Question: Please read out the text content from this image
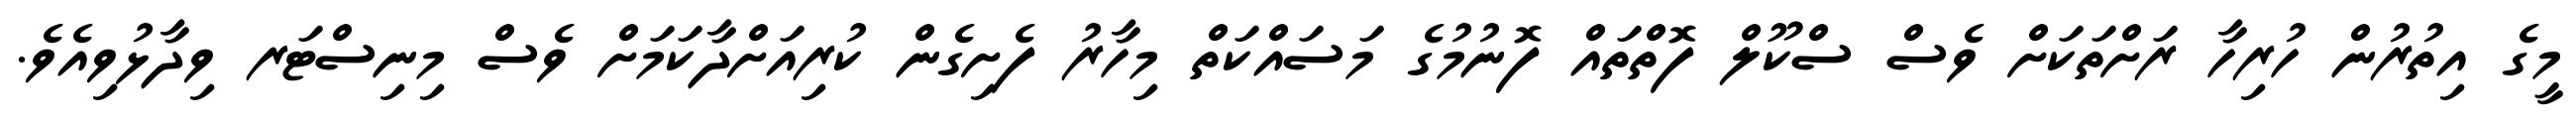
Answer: މީގެ އިތުރުން ހުރިހާ ރަށްތަކަށް ވެސް ސްކޫލް ފޮތްތައް ފޮނުމުގެ މަސައްކަތް މިހާރު ފެށިގެން ކުރިއަށްދާކަމަށް ވެސް މިނިސްޓަރ ވިދާޅުވިއެވެ.